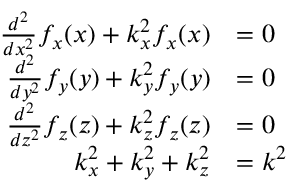
{ \begin{array} { r l } { { \frac { d ^ { 2 } } { d x ^ { 2 } } } f _ { x } ( x ) + k _ { x } ^ { 2 } f _ { x } ( x ) } & { = 0 } \\ { { \frac { d ^ { 2 } } { d y ^ { 2 } } } f _ { y } ( y ) + k _ { y } ^ { 2 } f _ { y } ( y ) } & { = 0 } \\ { { \frac { d ^ { 2 } } { d z ^ { 2 } } } f _ { z } ( z ) + k _ { z } ^ { 2 } f _ { z } ( z ) } & { = 0 } \\ { k _ { x } ^ { 2 } + k _ { y } ^ { 2 } + k _ { z } ^ { 2 } } & { = k ^ { 2 } } \end{array} }